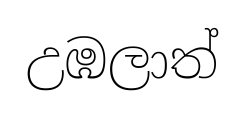
උඹලාත්